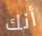
أنك